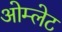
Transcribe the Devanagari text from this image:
ओम्लेट